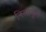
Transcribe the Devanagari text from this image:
निसानुल